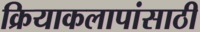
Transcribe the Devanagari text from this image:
क्रियाकलापांसाठी